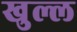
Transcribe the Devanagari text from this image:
खुल्ल